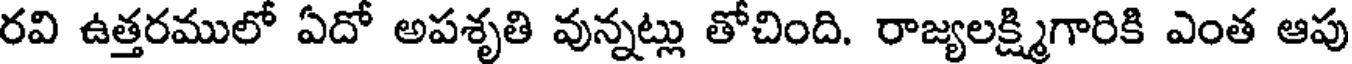
రవి ఉత్తరములో ఏదో అపశృతి వున్నట్లు తోచింది. రాజ్యలక్ష్మిగారికి ఎంత ఆపు